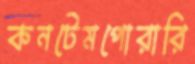
কনটেমপোরারি